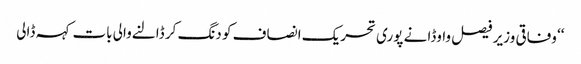
‘‘ وفاقی وزیر فیصل واوڈا نے پوری تحریک انصاف کو دنگ کر ڈالنےوالی بات کہہ ڈالی